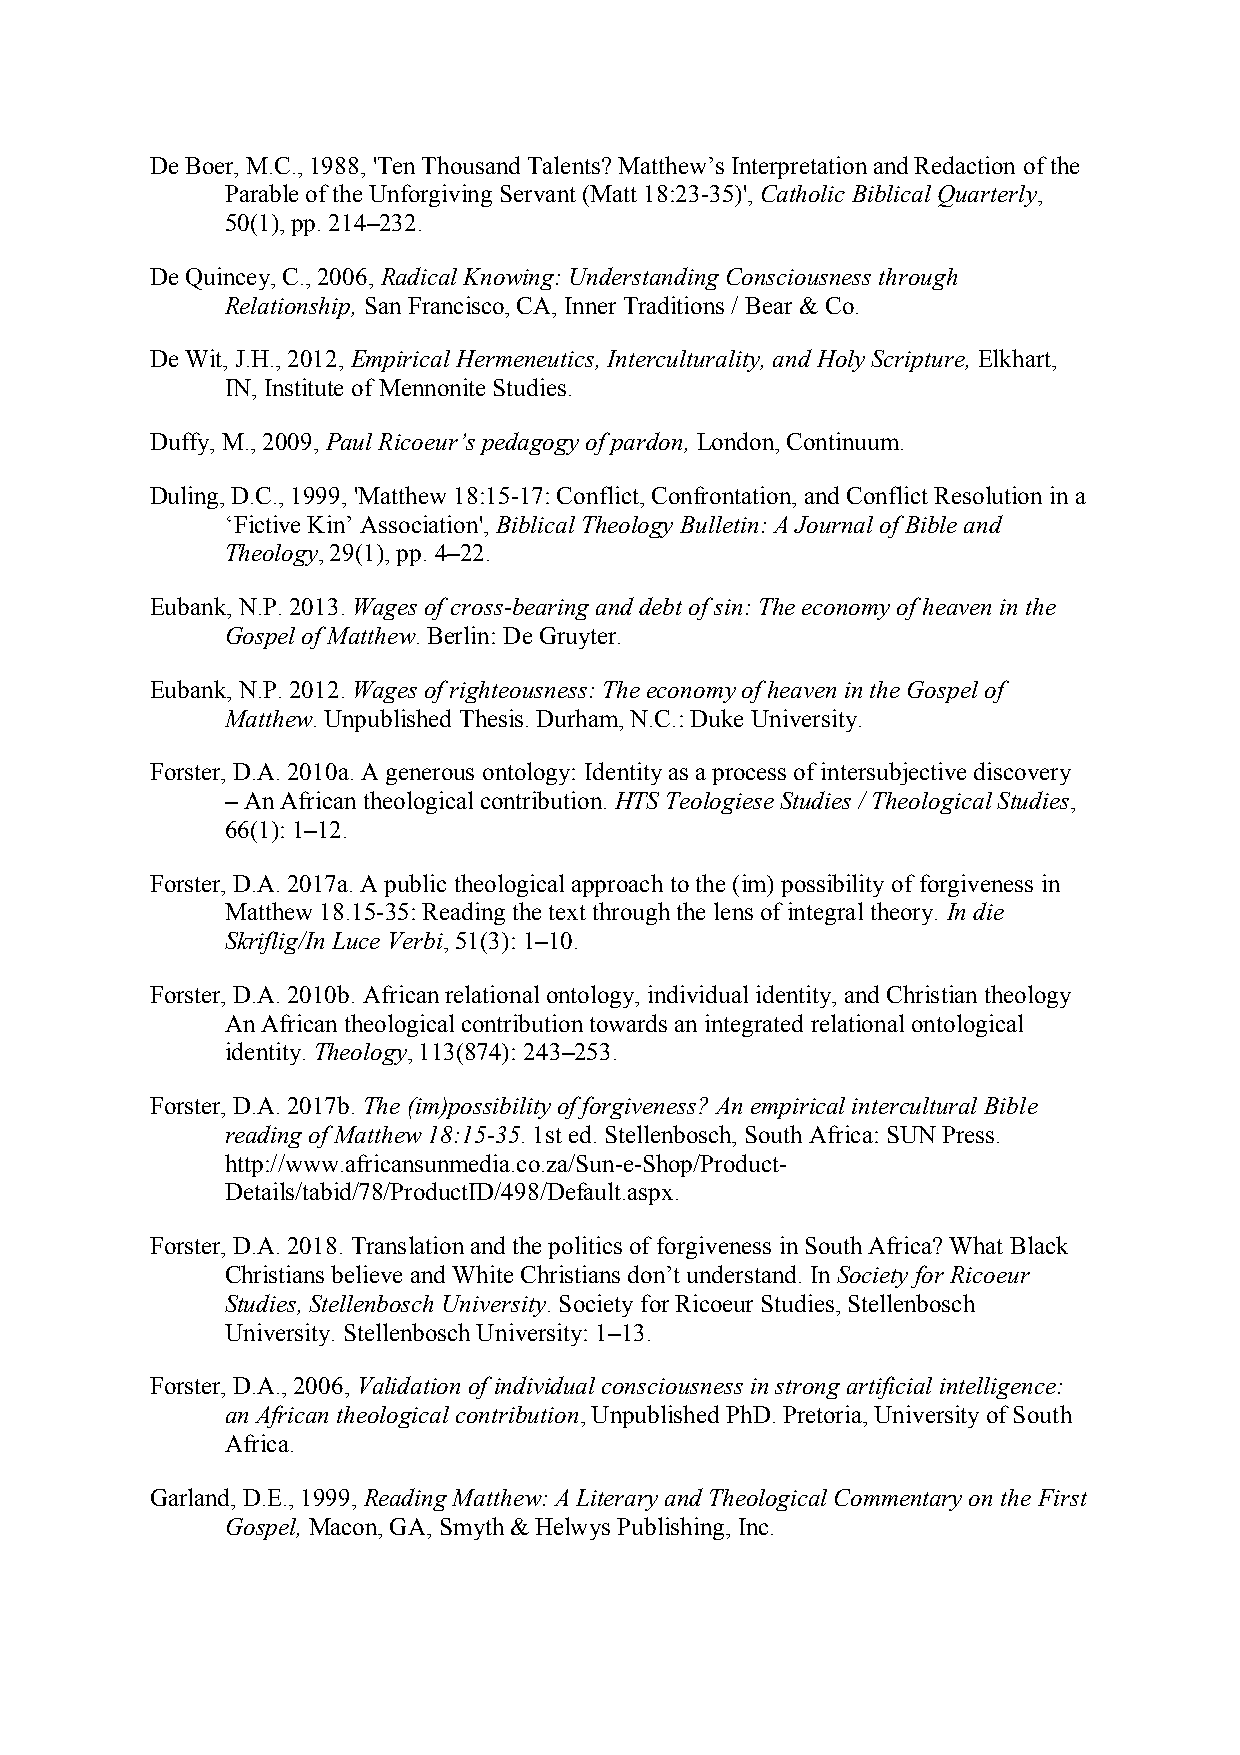
De Boer, M.C., 1988, 'Ten Thousand Talents? Matthew’s Interpretation and Redaction of the
 Parable of the Unforgiving Servant (Matt 18:23-35)', Catholic Biblical Quarterly,
 50(1), pp. 214–232.
 De Quincey, C., 2006, Radical Knowing: Understanding Consciousness through
 Relationship, San Francisco, CA, Inner Traditions / Bear & Co.
 De Wit, J.H., 2012, Empirical Hermeneutics, Interculturality, and Holy Scripture, Elkhart,
 IN, Institute of Mennonite Studies.
 Duffy, M., 2009, Paul Ricoeur’s pedagogy of pardon, London, Continuum.
 Duling, D.C., 1999, 'Matthew 18:15-17: Conflict, Confrontation, and Conflict Resolution in a
 ‘Fictive Kin’ Association', Biblical Theology Bulletin: A Journal of Bible and
 Theology, 29(1), pp. 4–22.
 Eubank, N.P. 2013. Wages of cross-bearing and debt of sin: The economy of heaven in the
 Gospel of Matthew. Berlin: De Gruyter.
 Eubank, N.P. 2012. Wages of righteousness: The economy of heaven in the Gospel of
 Matthew. Unpublished Thesis. Durham, N.C.: Duke University.
 Forster, D.A. 2010a. A generous ontology: Identity as a process of intersubjective discovery
 – An African theological contribution. HTS Teologiese Studies / Theological Studies,
 66(1): 1–12.
 Forster, D.A. 2017a. A public theological approach to the (im) possibility of forgiveness in
 Matthew 18.15-35: Reading the text through the lens of integral theory. In die
 Skriflig/In Luce Verbi, 51(3): 1–10.
 Forster, D.A. 2010b. African relational ontology, individual identity, and Christian theology
 An African theological contribution towards an integrated relational ontological
 identity. Theology, 113(874): 243–253.
 Forster, D.A. 2017b. The (im)possibility of forgiveness? An empirical intercultural Bible
 reading of Matthew 18:15-35. 1st ed. Stellenbosch, South Africa: SUN Press.
 http://www.africansunmedia.co.za/Sun-e-Shop/Product-
 Details/tabid/78/ProductID/498/Default.aspx.
 Forster, D.A. 2018. Translation and the politics of forgiveness in South Africa? What Black
 Christians believe and White Christians don’t understand. In Society for Ricoeur
 Studies, Stellenbosch University. Society for Ricoeur Studies, Stellenbosch
 University. Stellenbosch University: 1–13.
 Forster, D.A., 2006, Validation of individual consciousness in strong artificial intelligence:
 an African theological contribution, Unpublished PhD. Pretoria, University of South
 Africa.
 Garland, D.E., 1999, Reading Matthew: A Literary and Theological Commentary on the First
 Gospel, Macon, GA, Smyth & Helwys Publishing, Inc.